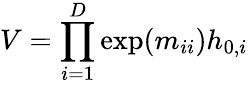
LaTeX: V=\prod_{i=1}^{D}\exp(m_{ii})h_{0,i}